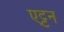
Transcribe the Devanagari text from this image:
एट्टन